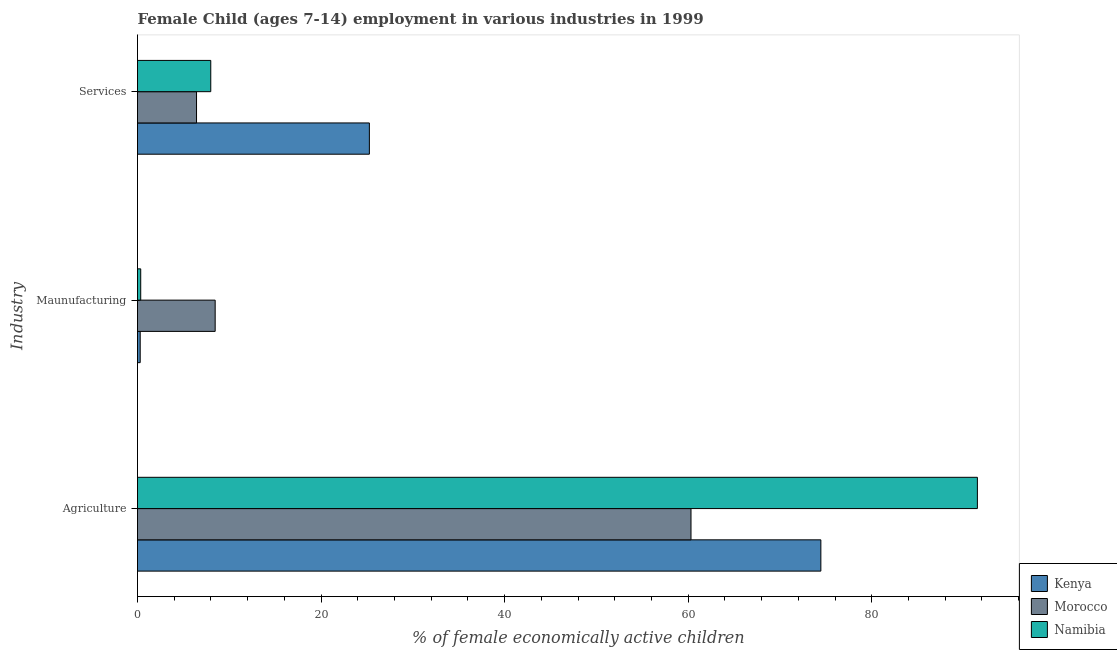
| Industry | Kenya | Morocco | Namibia |
 | --- | --- | --- | --- |
 | Agriculture | 74.4 | 60.3 | 91.5 |
 | Maunufacturing | 0.293 | 8.46 | 0.35 |
 | Services | 25.3 | 6.43 | 7.98 |